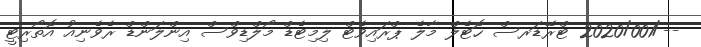
--/2020/001 ޓްރޭޑަރސް ހޮޓެލް މާލެ ޕްރައިވެޓް ލިމިޓެޑް މޯލްޑިވްސް އިންލަންޑް ރެވެނިއު އޮތޯރިޓީ